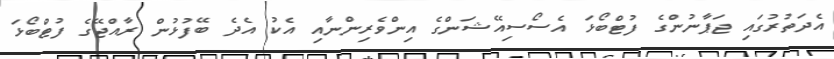
އެދަތުރުގައި ޖަޕާނުންގެ ފުޓްބޯޅަ އެސޯސިއޭޝަންގެ އިންވެރިންނާއި އެކު އެދެ ބޭފުޅުން ރާއްޖޭގެ ފުޓްބޯޅަ